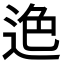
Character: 𨒶